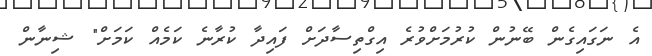
އެ ނަގައިގެން ބޭނުން ކުރުމަށްވުރެ އިގްތިސާދަށް ފައިދާ ކުރާނެ ކަމެއް ކަމަށް" ޝިނާން